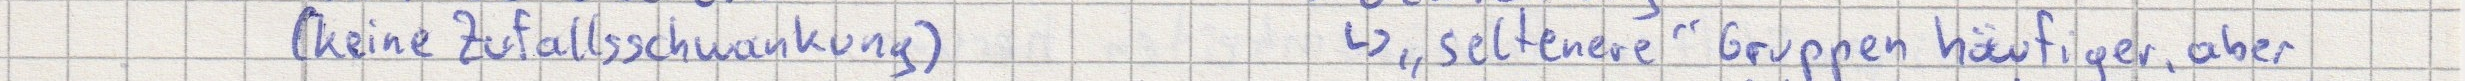
(keine Zufallsschwankung)    -> "seltenere" Gruppen häufiger, aber